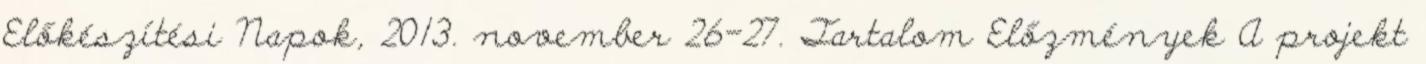
Előkészítési Napok, 2013. november 26-27. Tartalom Előzmények A projekt